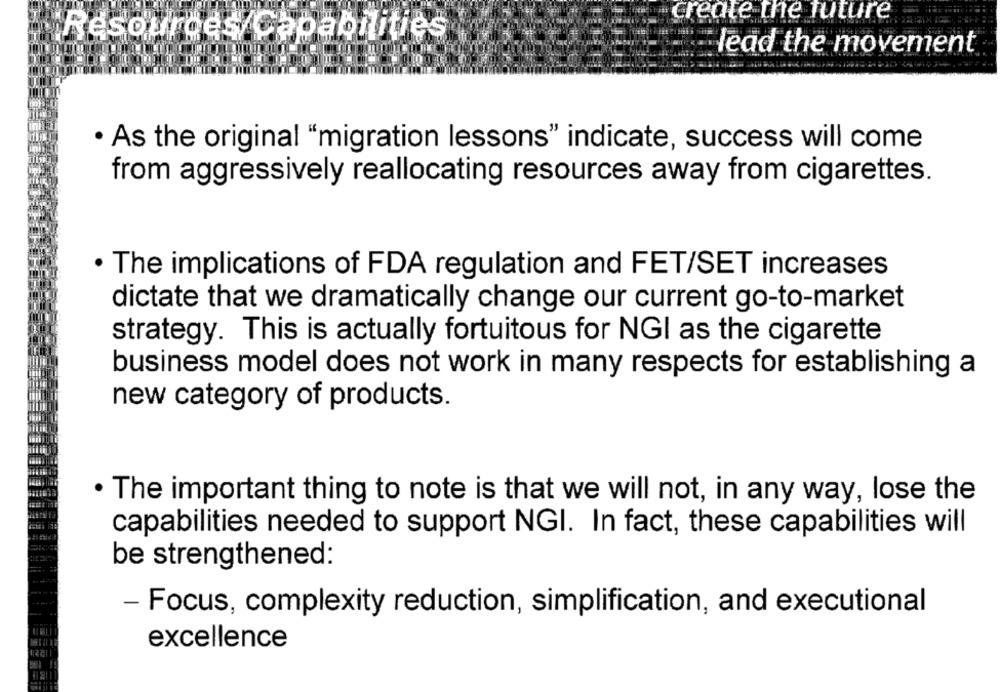
create the future
Resources/Capabilities
lead the movement
· As the original "migration lessons" indicate, success will come
from aggressively reallocating resources away from cigarettes.
· The implications of FDA regulation and FET/SET increases
dictate that we dramatically change our current go-to-market
strategy. This is actually fortuitous for NGI as the cigarette
business model does not work in many respects for establishing a
new category of products.
· The important thing to note is that we will not, in any way, lose the
capabilities needed to support NGI. In fact, these capabilities will
be strengthened:
- Focus, complexity reduction, simplification, and executional
excellence